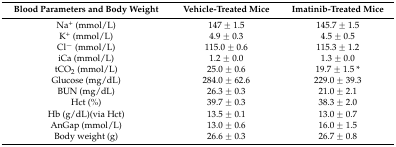
<table><thead><tr><td><b>Blood Parameters and Body Weight</b></td><td><b>Vehicle-Treated Mice</b></td><td><b>Imatinib-Treated Mice</b></td></tr></thead><tbody><tr><td>Na<sup>+</sup> (mmol/L)</td><td>147 ± 1.5</td><td>145.7 ± 1.5</td></tr><tr><td>K<sup>+</sup> (mmol/L)</td><td>4.9 ± 0.3</td><td>4.5 ± 0.5</td></tr><tr><td>Cl<sup>−</sup> (mmol/L)</td><td>115.0 ± 0.6</td><td>115.3 ± 1.2</td></tr><tr><td>iCa (mmol/L)</td><td>1.2 ± 0.0</td><td>1.3 ± 0.0</td></tr><tr><td>tCO<sub>2</sub> (mmol/L)</td><td>25.0 ± 0.6</td><td>19.7 ± 1.5 *</td></tr><tr><td>Glucose (mg/dL)</td><td>284.0 ± 62.6</td><td>229.0 ± 39.3</td></tr><tr><td>BUN (mg/dL)</td><td>26.3 ± 0.3</td><td>21.0 ± 2.1</td></tr><tr><td>Hct (%)</td><td>39.7 ± 0.3</td><td>38.3 ± 2.0</td></tr><tr><td>Hb (g/dL)(via Hct)</td><td>13.5 ± 0.1</td><td>13.0 ± 0.7</td></tr><tr><td>AnGap (mmol/L)</td><td>13.0 ± 0.6</td><td>16.0 ± 1.5</td></tr><tr><td>Body weight (g)</td><td>26.6 ± 0.3</td><td>26.7 ± 0.8</td></tr></tbody></table>